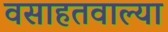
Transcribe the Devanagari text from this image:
वसाहतवाल्या